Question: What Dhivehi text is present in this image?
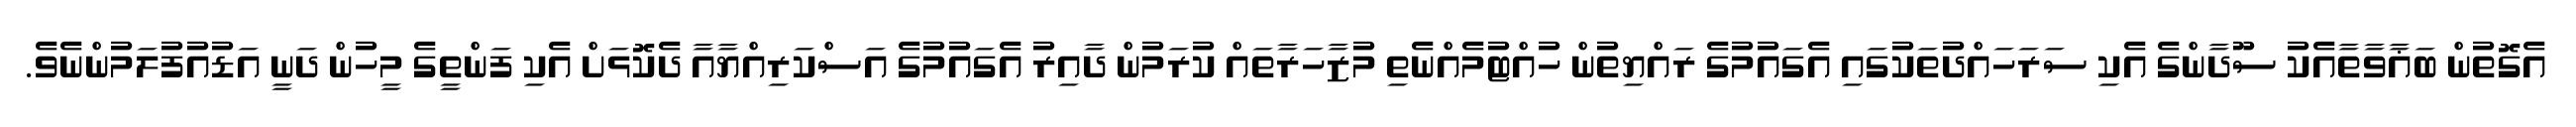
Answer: އެގޮތުން ބަޣާވާތާއެކު ސޫދާންގެ އެކި ސަރަހައްދުތަކުގައި އެގައުމުގެ ރައްޔިތުން ހުއްޓުމެއްނެތި މުޒާހަރާތައް ކުރަމުން ދާއިރު އެގައުމުގެ އަސްކަރިއްޔާއާ ދެކޮޅަށް އެކި ފަންތީގެ މީހުން ދަނީ އަޑުއުފުލަމުންނެވެ.